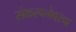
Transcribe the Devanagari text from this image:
संकल्पनेवरचा